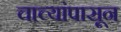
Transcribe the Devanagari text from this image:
चाच्यांपासून